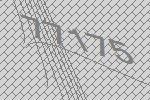
77175